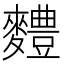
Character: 䵄